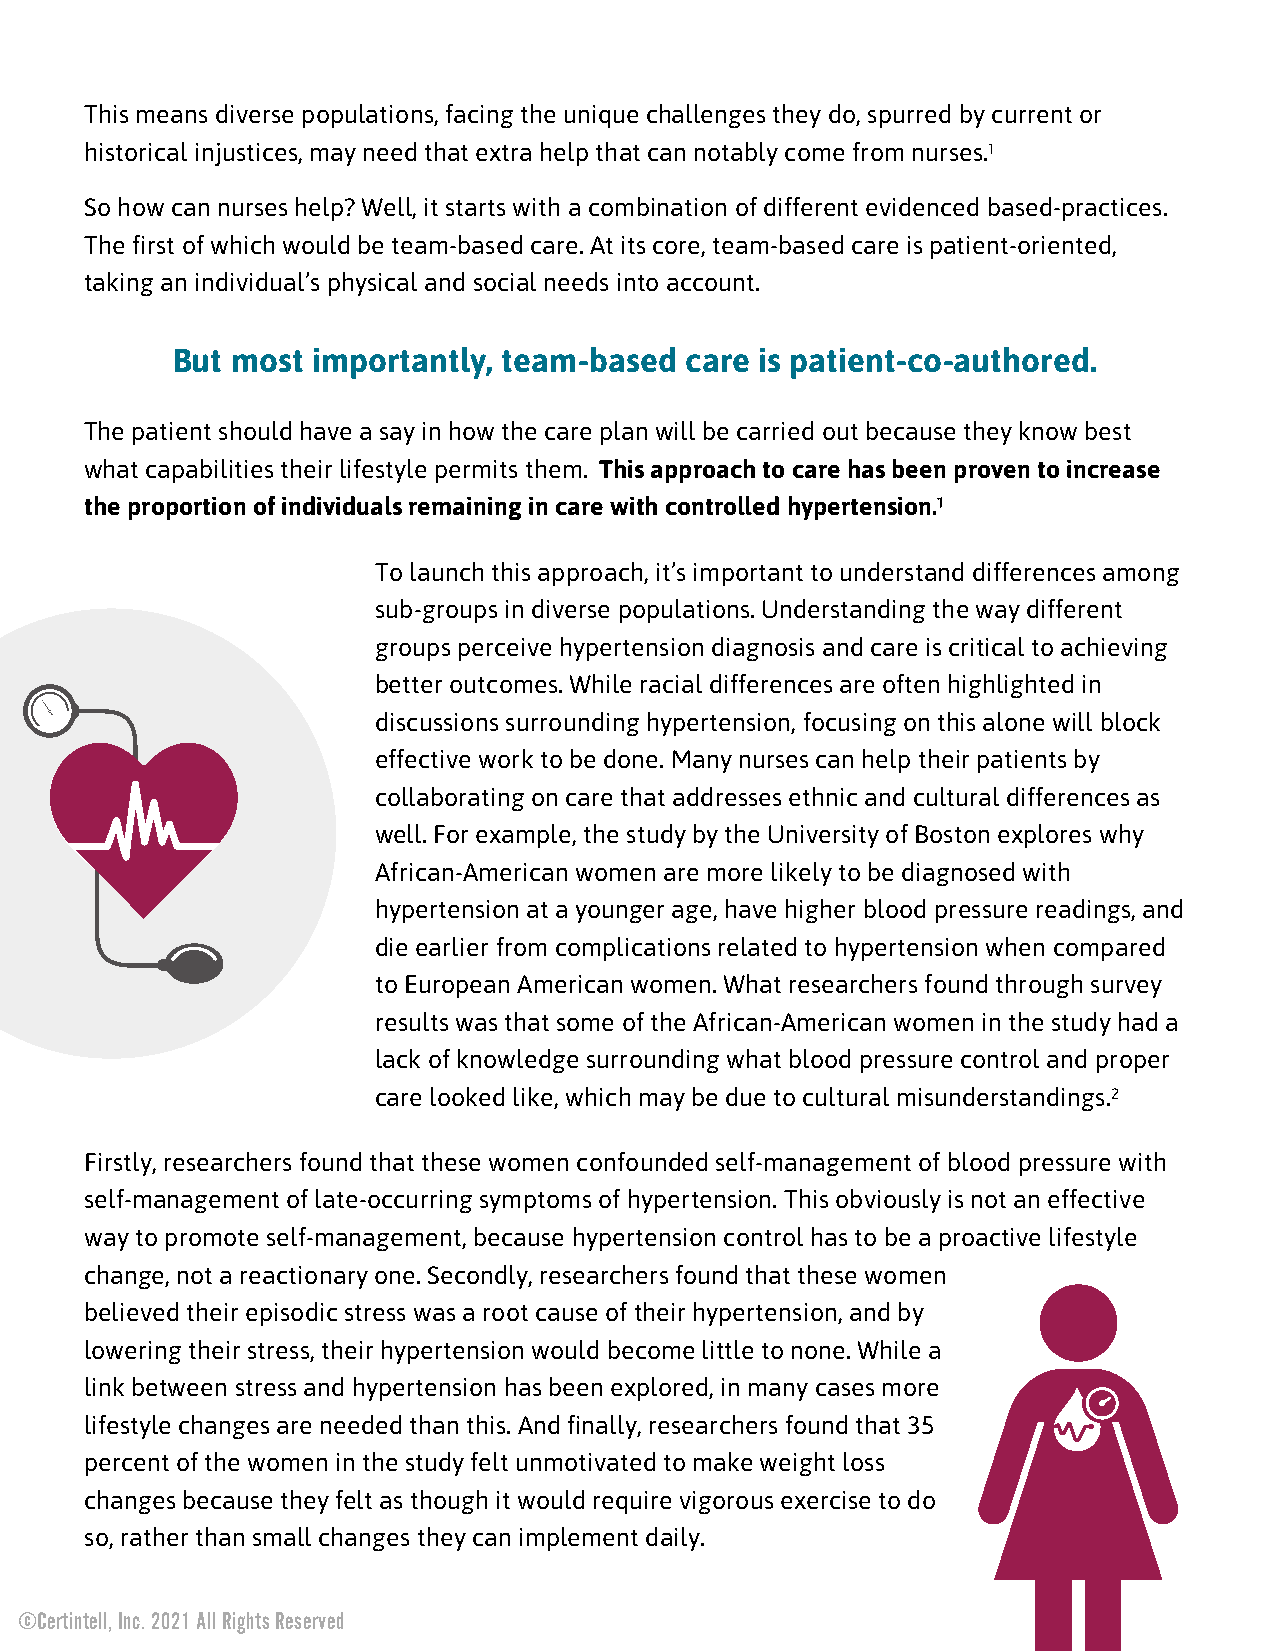
This means diverse populations, facing the unique challenges they do, spurred by current or
 historical injustices, may need that extra help that can notably come from nurses.¹
 So how can nurses help? Well, it starts with a combination of different evidenced based-practices.
 The first of which would be team-based care. At its core, team-based care is patient-oriented,
 taking an individual’s physical and social needs into account.
 But most  importantly, team-based care is patient-co-authored.
 The patient should have a say in how the care plan will be carried out because they know best
 w h a t c a p a b i l i t i e s t h e i r l i f e s t y l e p e r m i t s t h e m . This approach to care has been proven to increase
 the proportion of individuals remaining in care with controlled hypertension.¹
 To launch this approach, it’s important to understand differences among
 sub-groups in diverse populations. Understanding the way different
 groups perceive hypertension diagnosis and care is critical to achieving
 better outcomes. While racial differences are often highlighted in
 discussions surrounding hypertension, focusing on this alone will block
 effective work to be done. Many nurses can help their patients by
 collaborating on care that addresses ethnic and cultural differences as
 well. For example, the study by the University of Boston explores why
 African-American women are more likely to be diagnosed with
 hypertension at a younger age, have higher blood pressure readings, and
 die earlier from complications related to hypertension when compared
 to European American women. What researchers found through survey
 results was that some of the African-American women in the study had a
 lack of knowledge surrounding what blood pressure control and proper
 care looked like, which may be due to cultural misunderstandings.²
 Firstly, researchers found that these women confounded self-management of blood pressure with
 self-management of late-occurring symptoms of hypertension. This obviously is not an effective
 way to promote self-management, because hypertension control has to be a proactive lifestyle
 change, not a reactionary one. Secondly, researchers found that these women
 believed their episodic stress was a root cause of their hypertension, and by
 lowering their stress, their hypertension would become little to none. While a
 link between stress and hypertension has been explored, in many cases more
 lifestyle changes are needed than this. And finally, researchers found that 35
 percent of the women in the study felt unmotivated to make weight loss
 changes because they felt as though it would require vigorous exercise to do
 so, rather than small changes they can implement daily.
 ©Certintell, Inc. 2021 All Rights Reserved